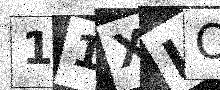
Text: 11XLOA